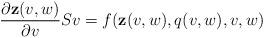
LaTeX: \begin{align*} \dfrac{\partial\textbf{z} (v,w)}{\partial v}Sv=f (\textbf{z} (v,w),q(v,w),v,w)\end{align*}